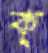
ক্